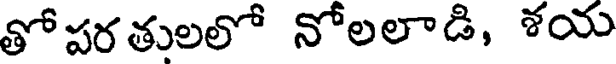
తోపరతులలో నోలలాడి, శయ